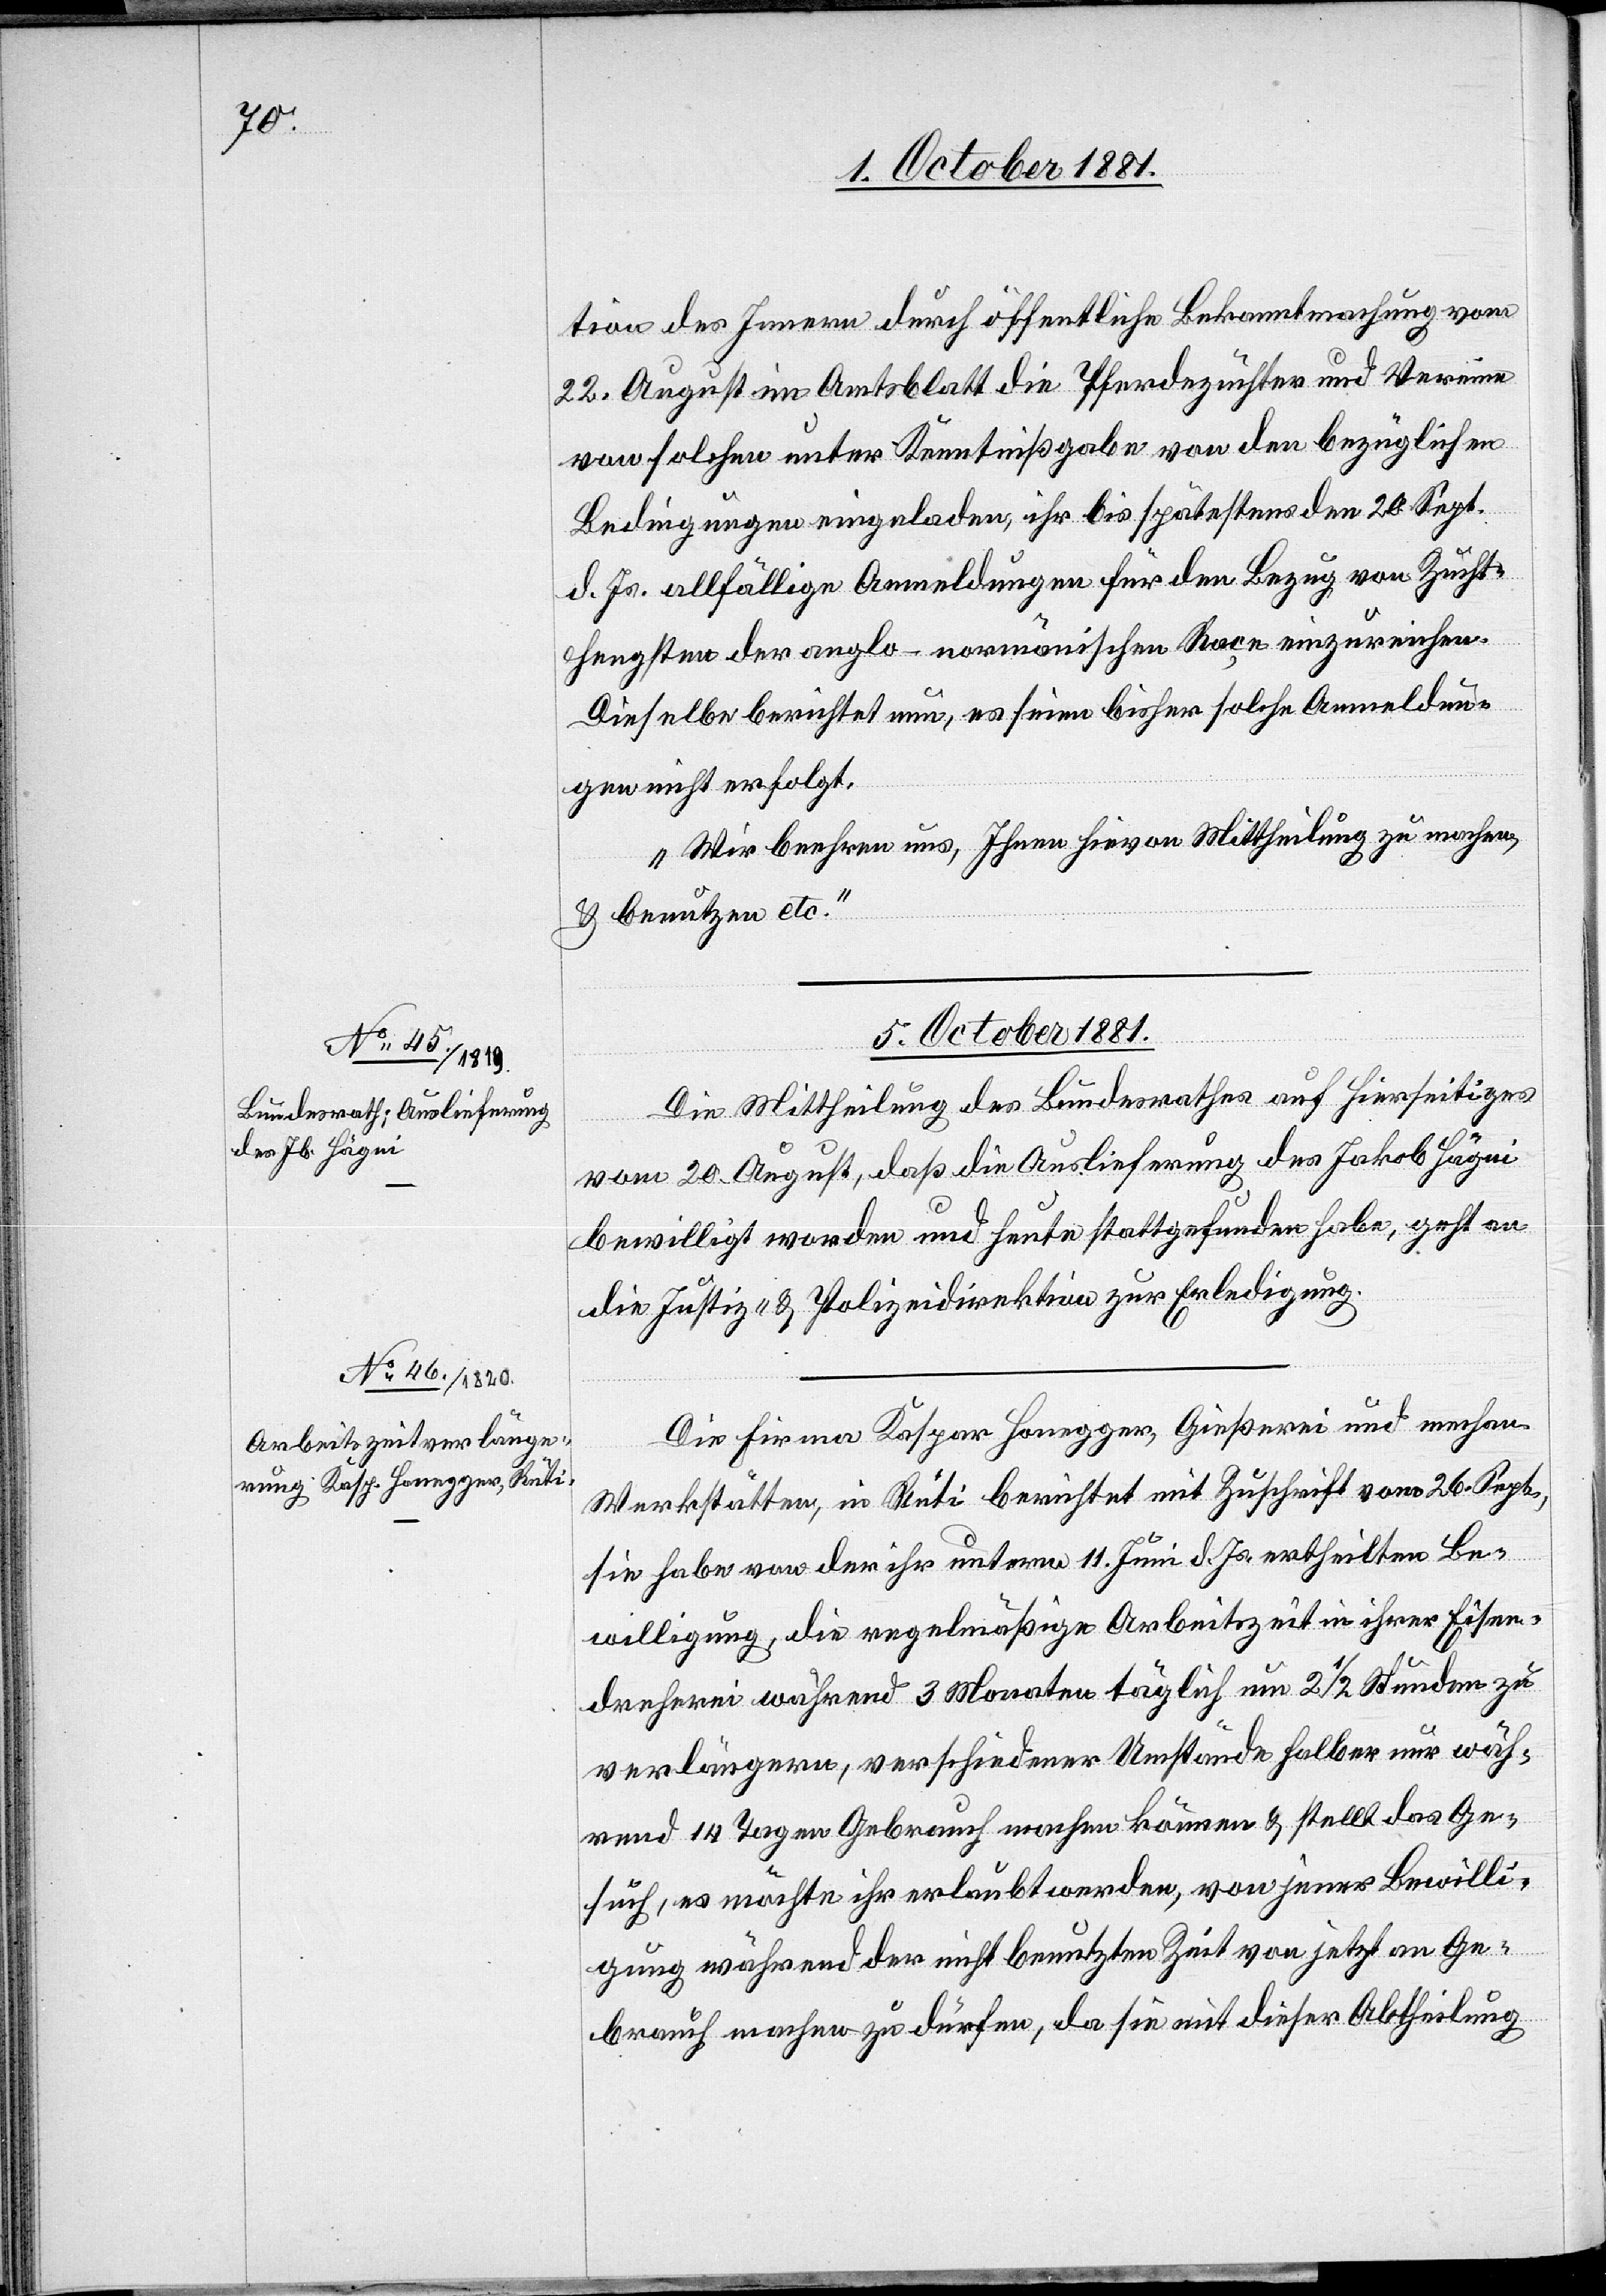
tion des Innern durch öffentliche Bekanntmachung vom
22. August im Amtsblatt die Pferdezüchter und Vereine
von solchen unter Kenntnißgabe von den bezüglichen
Bedingungen eingeladen, ihr bis spätestens den 20. Sept.
d. Js. allfällige Anmeldungen für den Bezug von Zucht¬
hengsten der anglo-normänischen Raçe einzureichen.
Dieselbe berichtet nun, es seien bisher solche Anmeldun¬
gen nicht erfolgt.
Wir beehren uns, Ihnen hievon Mittheilung zu machen,
& benutzen etc.“
5. October 1881.]
Die Mittheilung des Bundesrathes auf hierseitiges
vom 20. August, daß die Auslieferung des Jakob Hägni
bewilligt worden und heute stattgefunden habe, geht an
die Justiz- & Polizeidirektion zur Erledigung.
Die Firma Kaspar Honegger, Gießerei und mechan.
Werkstätten, in Rüti berichtet mit Zuschrift vom 26. Sept.,
sie habe von der ihr unterm 11. Juni d. Js. ertheilten Be¬
willigung, die regelmäßige Arbeitszeit in ihrer Eisen¬
dreherei während 3 Monaten täglich um 2 1/2 Stunden zu
verlängern, verschiedener Umstände halber nur wäh¬
rend 14 Tagen Gebrauch machen können & stellt das Ge¬
such, es möchte ihr erlaubt werden, von jener Bewilli¬
gung während der nicht benutzten Zeit von jetzt an Ge¬
brauch machen zu dürfen, da sie mit dieser Abtheilung